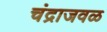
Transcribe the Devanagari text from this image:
चंद्राजवळ